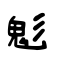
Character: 鬽